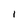
Character: I